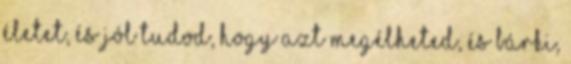
életet, és jól tudod, hogy azt megélheted, és bárki,